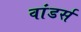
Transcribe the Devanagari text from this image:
वांडर्स